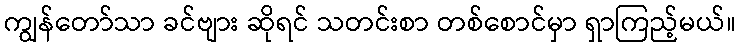
ကျွန်တော်သာ ခင်ဗျား ဆိုရင် သတင်းစာ တစ်စောင်မှာ ရှာကြည့်မယ်။